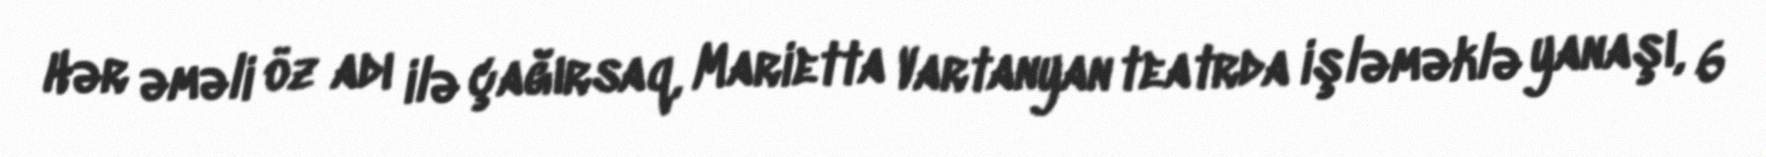
Hər əməli öz adı ilə çağırsaq, Marietta Vartanyan teatrda işləməklə yanaşı, 6